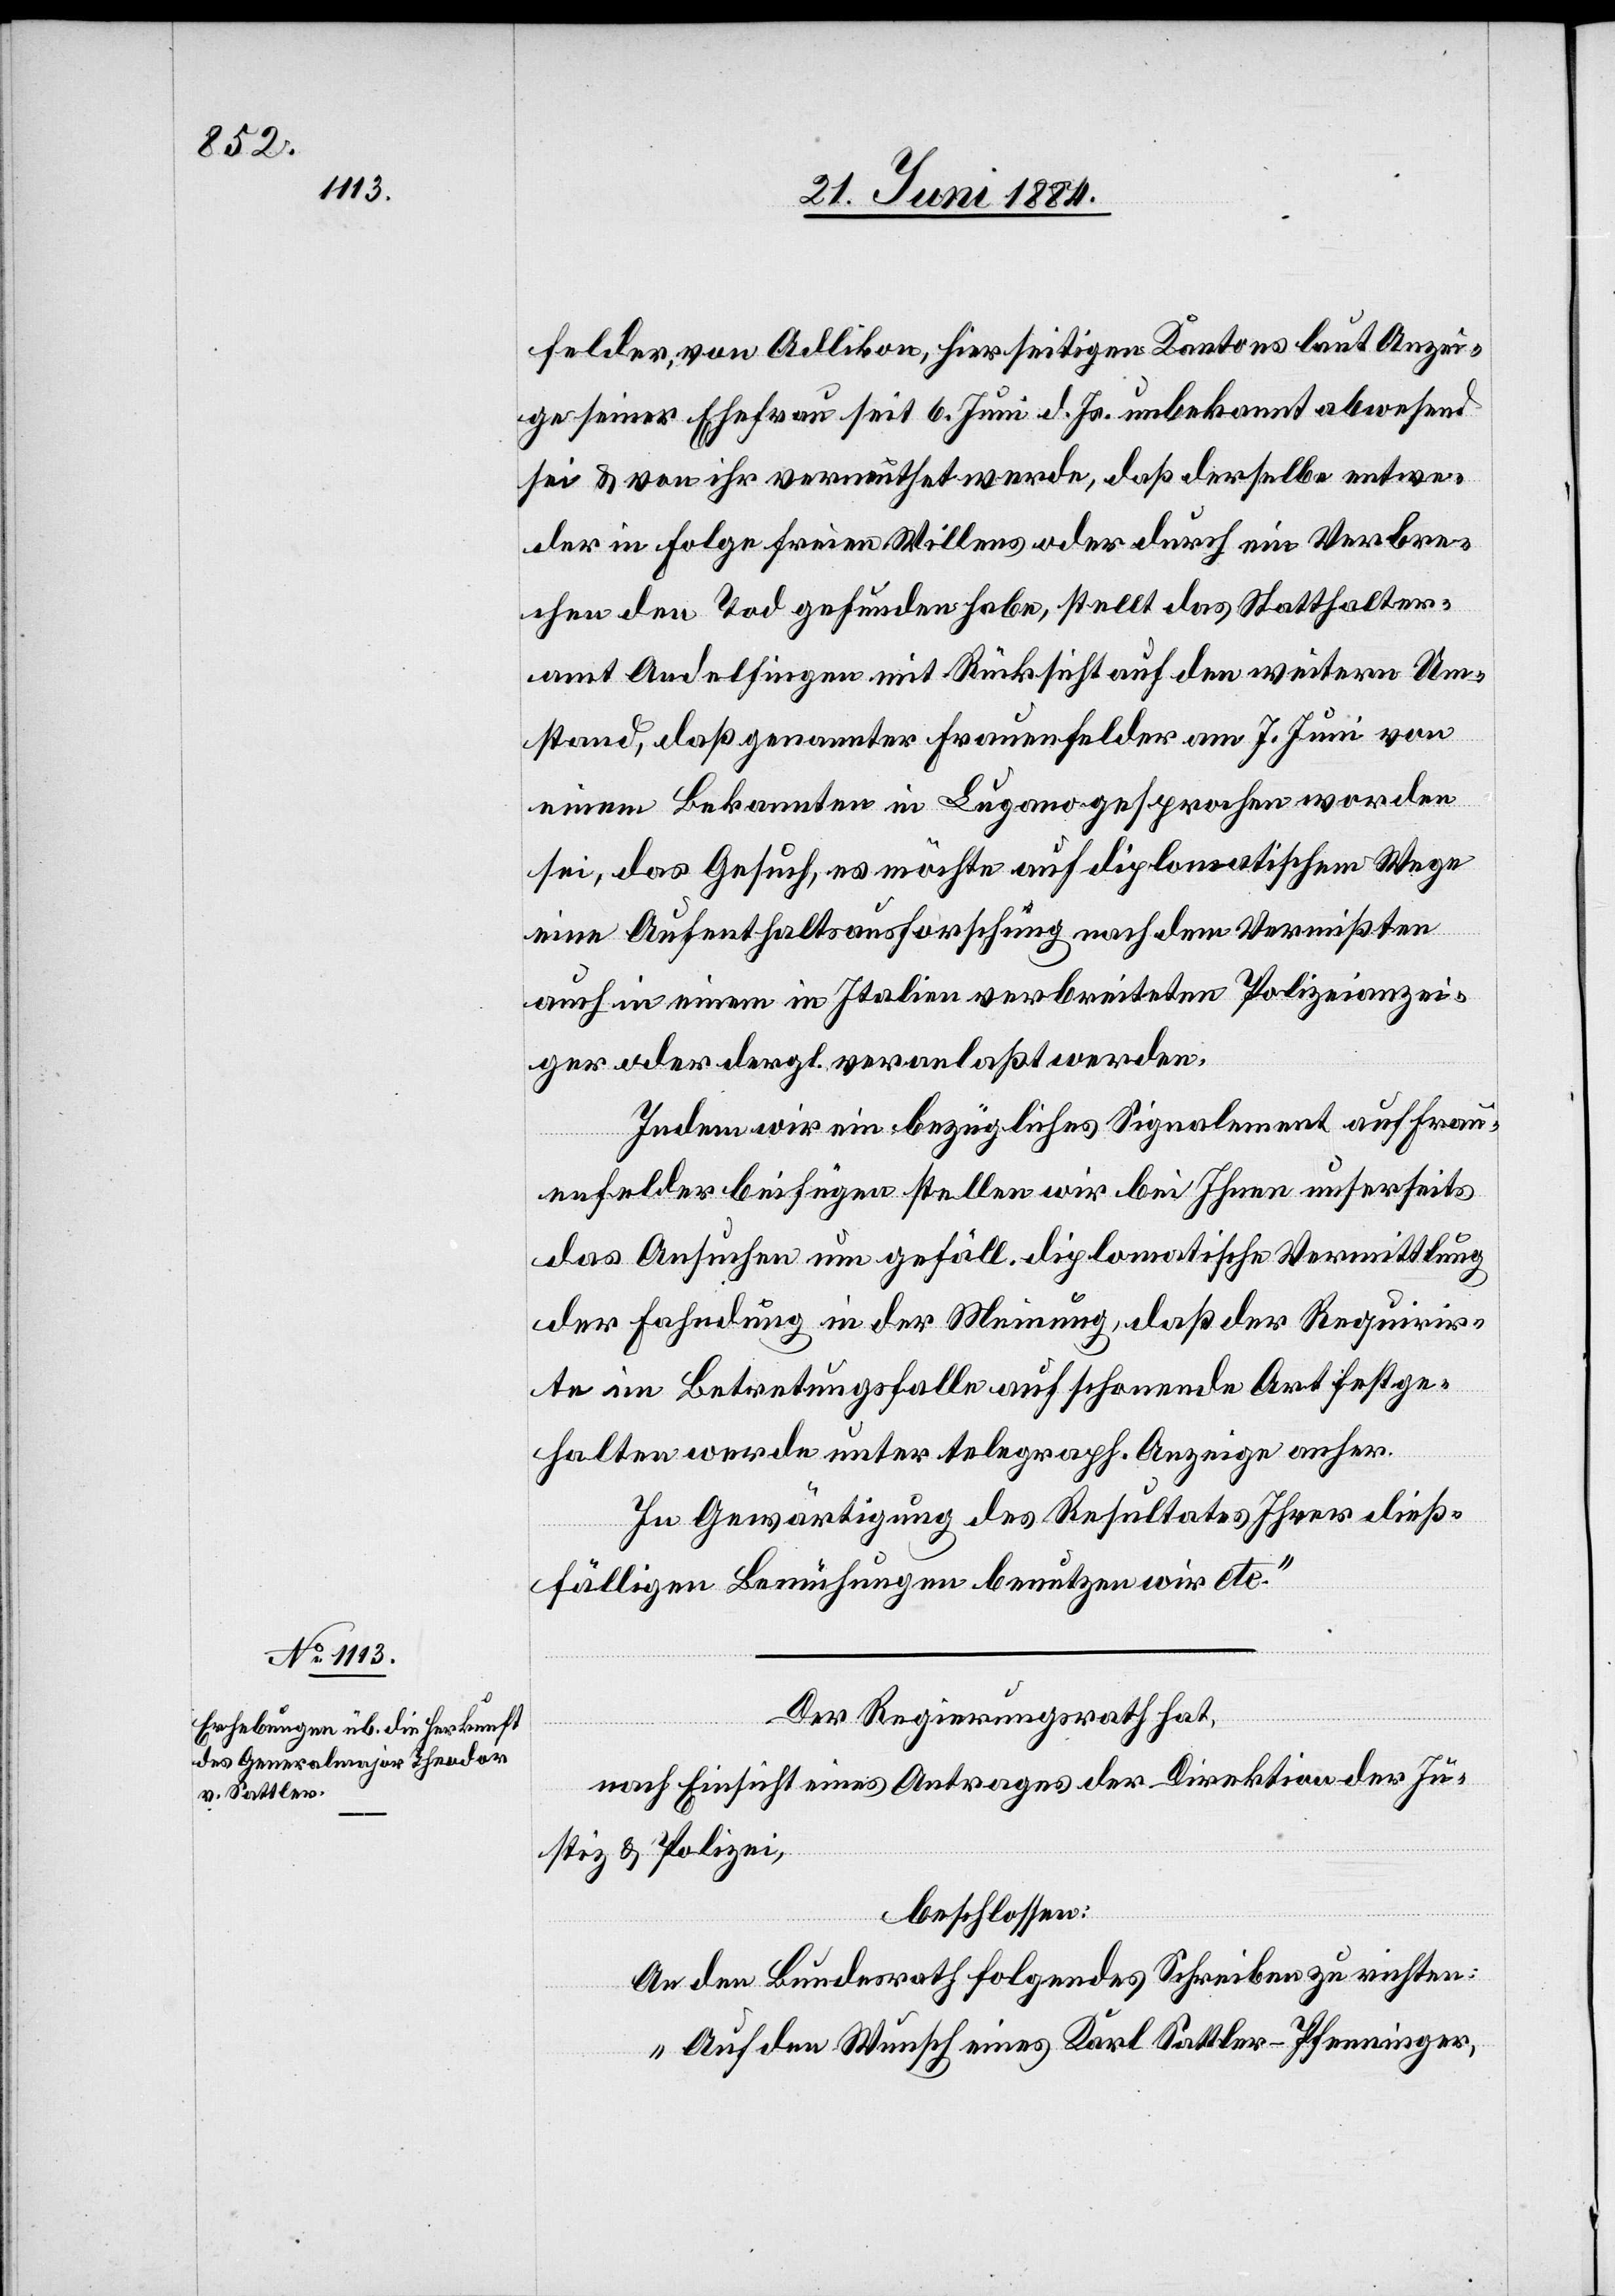
felder, von Adlikon, hierseitigen Kantons laut Anzei¬
ge seiner Ehefrau seit 6. Juni d. Js. unbekannt abwesend
sei & von ihr vermuthet werde, daß derselbe entwe¬
der in Folge freien Willens oder durch ein Verbre¬
chen den Tod gefunden habe, stellt das Statthalter¬
amt Andelfingen mit Rücksicht auf den weitern Um¬
stand, daß genannter Frauenfelder am 7. Juni von
einem Bekannten in Lugano gesprochen worden
sei, das Gesuch, es möchte auf diplomatischem Wege
eine Aufenthaltsausforschung nach dem Vermißten
auch in einen in Italien verbreiteten Polizeianzei¬
ger oder dergl. veranlaßt werden.
Indem wir ein bezügliches Signalement auf Frau¬
enfelder beifügen stellen wir bei Ihnen unserseits
das Ansuchen um gefäll. diplomatische Vermittlung
der Fahndung in der Meinung, daß der Requirir¬
te im Betretungsfalle auf schonende Art festge¬
halten werde unter telegraph. Anzeige anher.
In Gewärtigung des Resultates Ihrer dieß¬
fälligen Bemühungen benutzen wir etc.“
Der Regierungsrath hat,
nach Einsicht eines Antrages der Direktion der Ju¬
stiz & Polizei,
beschlossen:
An den Bundesrath folgendes Schreiben zu richten:
„Auf den Wunsch eines Karl Sattler-Pfenninger,